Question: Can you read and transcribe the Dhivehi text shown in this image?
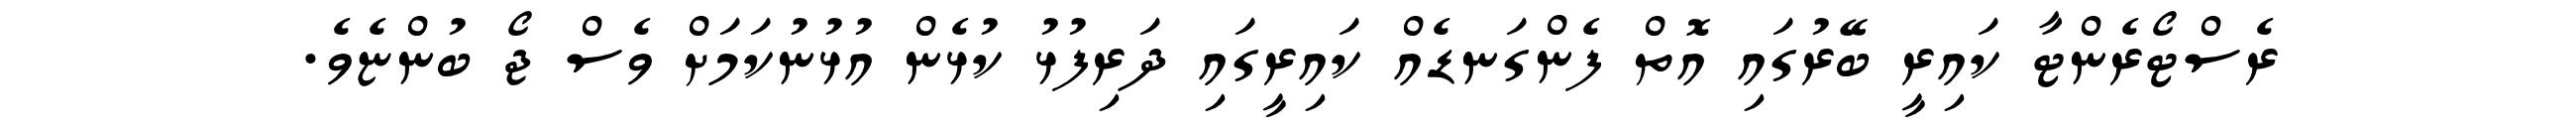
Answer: ރެސްޓޯރެންޓާ ކައިރީ ބޭރުގައި އޮތް ފެންގަނޑެއް ކައިރީގައި ދަރިފުޅު ކުޅެން އުޅުނުކަމަށް ވެސް ޖޯ ބުންޏެވެ.